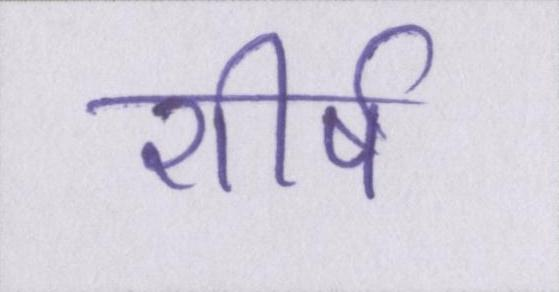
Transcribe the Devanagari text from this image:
शीर्ष